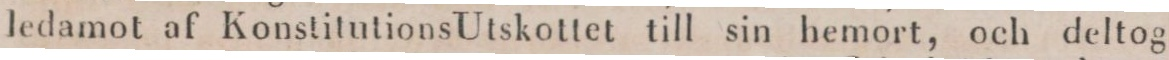
ledamot af Konstitutions Utskottet till sin hemort, och deltog